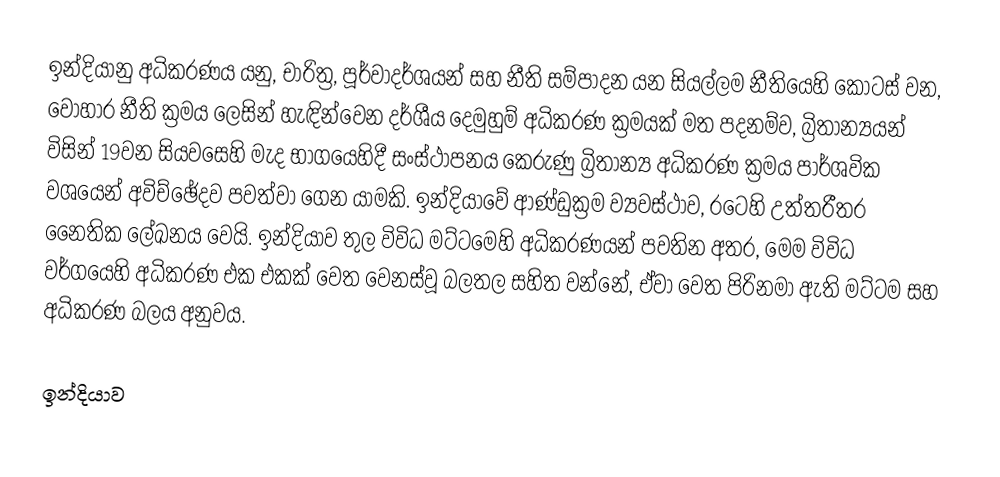
ඉන්දියානු අධිකරණය යනු, චාරිත්‍ර, පූර්වාදර්ශයන් සහ නීති සම්පාදන යන සියල්ලම නීතියෙහි කොටස් වන, වෝහාර නීති ක්‍රමය ලෙසින් හැඳින්වෙන දර්ශීය දෙමුහුම් අධිකරණ ක්‍රමයක් මත පදනම්ව, බ්‍රිතාන්‍යයන් විසින් 19වන සියවසෙහි මැද භාගයෙහිදී සංස්ථාපනය කෙරුණු බ්‍රිතාන්‍ය අධිකරණ ක්‍රමය පාර්ශවික වශයෙන් අවිච්ඡේදව පවත්වා ගෙන යාමකි. ඉන්දියාවේ ආණ්ඩුක්‍රම ව්‍යවස්ථාව,  රටෙහි උත්තරීතර නෛතික ලේඛනය වෙයි. ඉන්දියාව තුල විවිධ මට්ටමෙහි අධිකරණයන් පවතින අතර, මෙම විවිධ වර්ගයෙහි අධිකරණ එක එකක් වෙත වෙනස්වූ බලතල සහිත වන්නේ, ඒවා වෙත පිරිනමා ඇති මට්ටම සහ අධිකරණ බලය අනුවය.

ඉන්දියාව